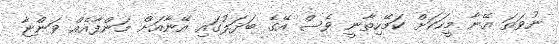
ނުވަތަ އޭނާ މީހަކަށް ކަމޭހިތާނީ ވެސް އޭގެ ބަދަލުގައި އޭނާއަށް މަންފާއެއް ވަންޏާ